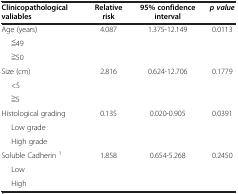
<table><thead><tr><td><b>Clinicopathological valiables</b></td><td><b>Relative risk</b></td><td><b>95% confidence interval</b></td><td><b><i>p value</i></b></td></tr></thead><tbody><tr><td>Age (years)</td><td>4.087</td><td>1.375-12.149</td><td>0.0113</td></tr><tr><td>≦49</td><td> </td><td> </td><td> </td></tr><tr><td>≧50</td><td> </td><td> </td><td> </td></tr><tr><td>Size (cm)</td><td>2.816</td><td>0.624-12.706</td><td>0.1779</td></tr><tr><td>&lt;5</td><td> </td><td> </td><td> </td></tr><tr><td>≧5</td><td> </td><td> </td><td> </td></tr><tr><td>Histological grading</td><td>0.135</td><td>0.020-0.905</td><td>0.0391</td></tr><tr><td>Low grade</td><td> </td><td> </td><td> </td></tr><tr><td>High grade</td><td> </td><td> </td><td> </td></tr><tr><td>Soluble Cadherin <sup>1</sup></td><td>1.858</td><td>0.654-5.268</td><td>0.2450</td></tr><tr><td>Low</td><td> </td><td> </td><td> </td></tr><tr><td>High</td><td> </td><td> </td><td> </td></tr></tbody></table>